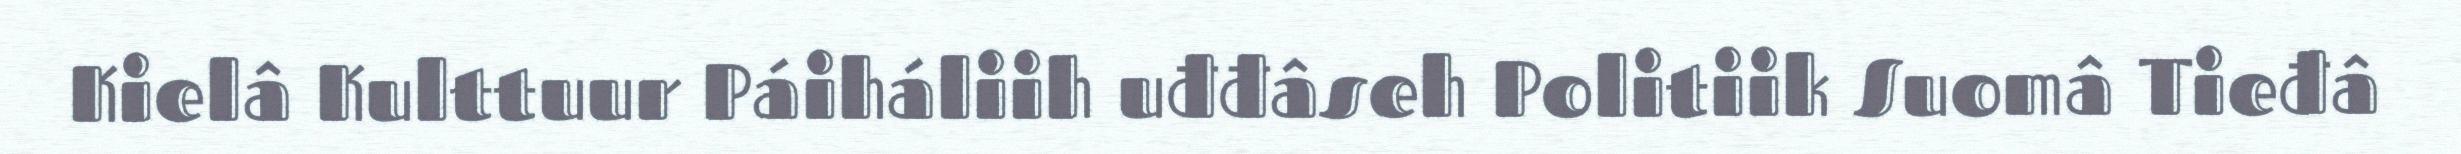
Kielâ Kulttuur Páiháliih uđđâseh Politiik Suomâ Tieđâ